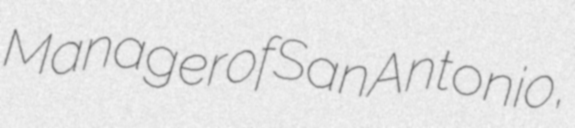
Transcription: Manager of San Antonio,